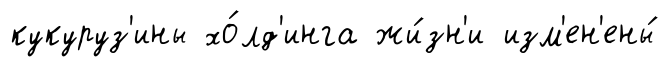
кукуруз'ины хо́лд'инга жи́зн'и изм'ен'ены́